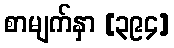
စာမျက်နှာ [၃၉၄]